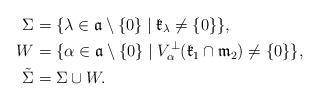
LaTeX: \begin{align*}\Sigma &= \{\lambda \in \mathfrak{a} \setminus \{0\} \mid \mathfrak{k}_{\lambda} \neq \{0\}\},\\ W &= \{\alpha \in \mathfrak{a} \setminus \{0\} \mid V^{\perp}_{\alpha}(\mathfrak{k}_{1} \cap \mathfrak{m}_{2}) \neq \{0\}\},\\ \tilde{\Sigma} &= \Sigma \cup W.\end{align*}